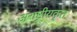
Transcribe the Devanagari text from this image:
अराष्ट्रीयकृत